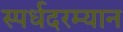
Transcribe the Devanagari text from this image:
स्पर्धदरम्यान